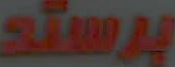
برستد